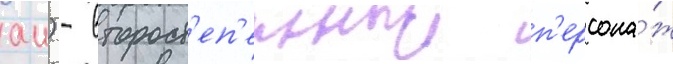
аи) - второст'еп'енныи п'ерсона́ж